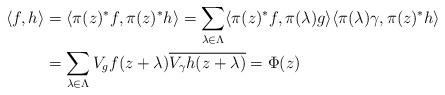
LaTeX: \begin{align*} \langle f, h \rangle &= \langle \pi (z) ^* f, \pi (z)^* h \rangle = \sum_{\lambda \in \Lambda} \langle \pi (z) ^*f, \pi(\lambda)g \rangle \langle \pi(\lambda) \gamma , \pi (z) ^* h \rangle \\ & = \sum_{\lambda \in \Lambda} V_gf(z+\lambda) \overline{V_{\gamma}h(z+\lambda)} = \Phi (z) \end{align*}